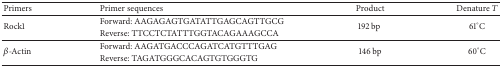
<table><thead><tr><td><b>Primers</b></td><td><b>Primer sequences</b></td><td><b>Product</b></td><td><b>Denature <i>T</i></b></td></tr></thead><tbody><tr><td rowspan="2">Rock1</td><td>Forward: AAGAGAGTGATATTGAGCAGTTGCG </td><td rowspan="2">192 bp </td><td rowspan="2">61°C</td></tr><tr><td>Reverse: TTCCTCTATTTGGTACAGAAAGCCA </td></tr><tr><td rowspan="2"><i>β</i>-Actin </td><td>Forward: AAGATGACCCAGATCATGTTTGAG </td><td rowspan="2">146 bp</td><td rowspan="2">60°C</td></tr><tr><td>Reverse: TAGATGGGCACAGTGTGGGTG</td></tr></tbody></table>